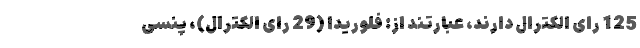
125 رای الکترال دارند، عبارتند از: فلوریدا (29 رای الکترال)، پنسی